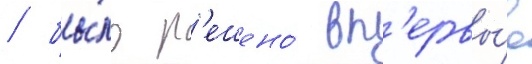
/ бы́ло р'ешено́ вп'ервы́е